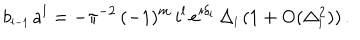
b _ { \scriptscriptstyle { l - 1 } } \, a ^ { l } = - \pi ^ { - 2 } \, ( - 1 ) ^ { m } \, i ^ { l } \, e ^ { i \delta _ { \scriptscriptstyle { l } } } \, \Delta _ { \scriptscriptstyle { l } } \, ( 1 + \mathrm { O } ( \Delta _ { \scriptscriptstyle { l } } ^ { 2 } ) ) \, .